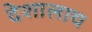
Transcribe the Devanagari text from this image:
देशालाच